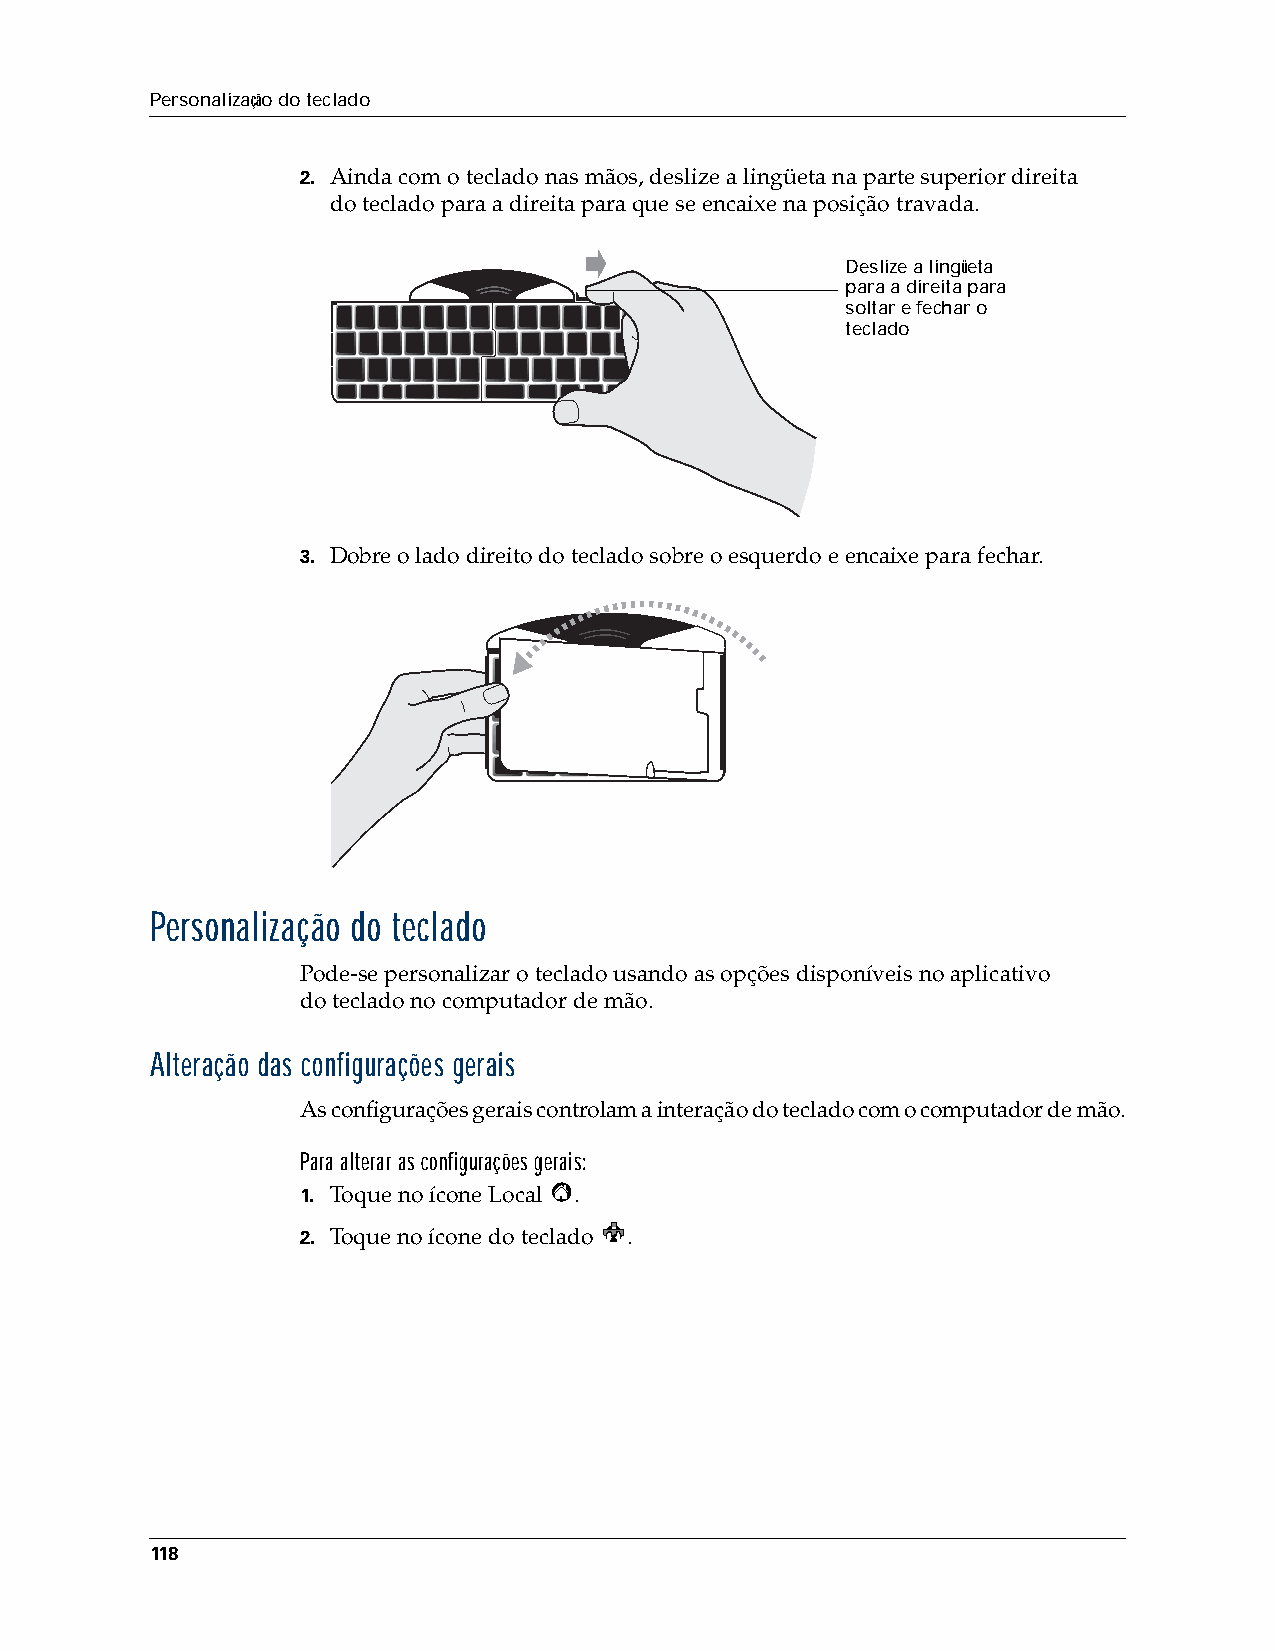
Personalização do teclado
 2. Ainda com o teclado nas mãos, deslize a lingüeta na parte superior direita
 doteclado para a direita para que se encaixe na posição travada.
 Deslize a lingüeta
 para a direita para
 soltar e fechar o
 teclado
 3. Dobre o lado direito do teclado sobre o esquerdo e encaixe para fechar.
 Personalização do teclado
 Pode-se personalizar o teclado usando as opções disponíveis no aplicativo
 doteclado no computador de mão.
 Alteração das configurações gerais
 As configurações gerais controlam a interação do teclado com o computador de mão.
 Para alterar as configurações gerais:
 1. Toque no ícone Local .
 2. Toque no ícone do teclado .
 118